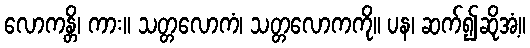
လောကန္တိ၊ ကား။ သတ္တလောကံ၊ သတ္တလောကကို။ ပန၊ ဆက်၍ဆိုအံ့။